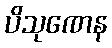
ပိသုဏေန